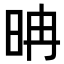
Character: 𣆀